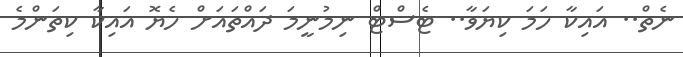
ނެތް.. އައިކާ ހަމަ ކިޔަވާ.. ޓެސްޓް ނިމުނީމަ ދައްތައަށް ހެޔޮ އައިކާ ކިތަންމެ